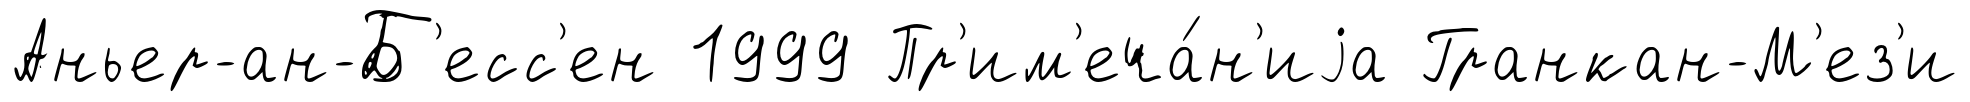
Аньер-ан-Б'есс'ен 1999 Пр'им'еча́н'иjа Гранкан-М'ез'и